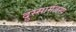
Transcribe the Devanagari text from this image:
दुस्सामंजस्य